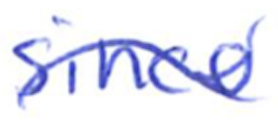
Text: since
Cross-out: mix
Writing tool: ballpoint